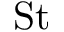
\mathrm { S t }